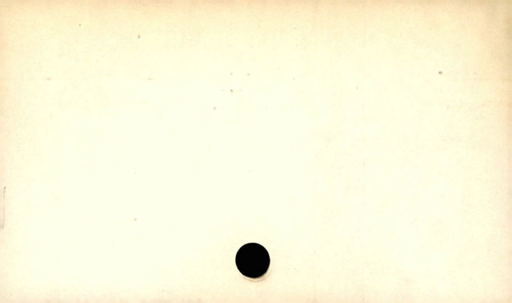
Label: blank